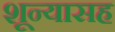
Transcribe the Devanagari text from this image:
शून्यासह